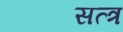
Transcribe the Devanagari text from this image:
सत्त्र